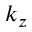
k _ { z }